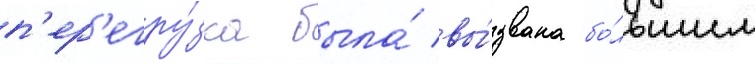
п'ер'егру́зка была́ вы́звана бо́льшим